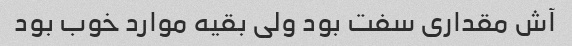
آش مقداری سفت بود ولی بقیه موارد خوب بود